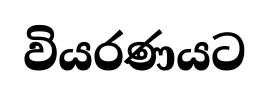
වියරණයට